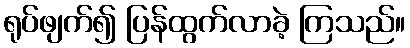
ရုပ်ဖျက်၍ ပြန်ထွက်လာခဲ့ ကြသည်။